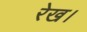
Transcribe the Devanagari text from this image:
रेख।